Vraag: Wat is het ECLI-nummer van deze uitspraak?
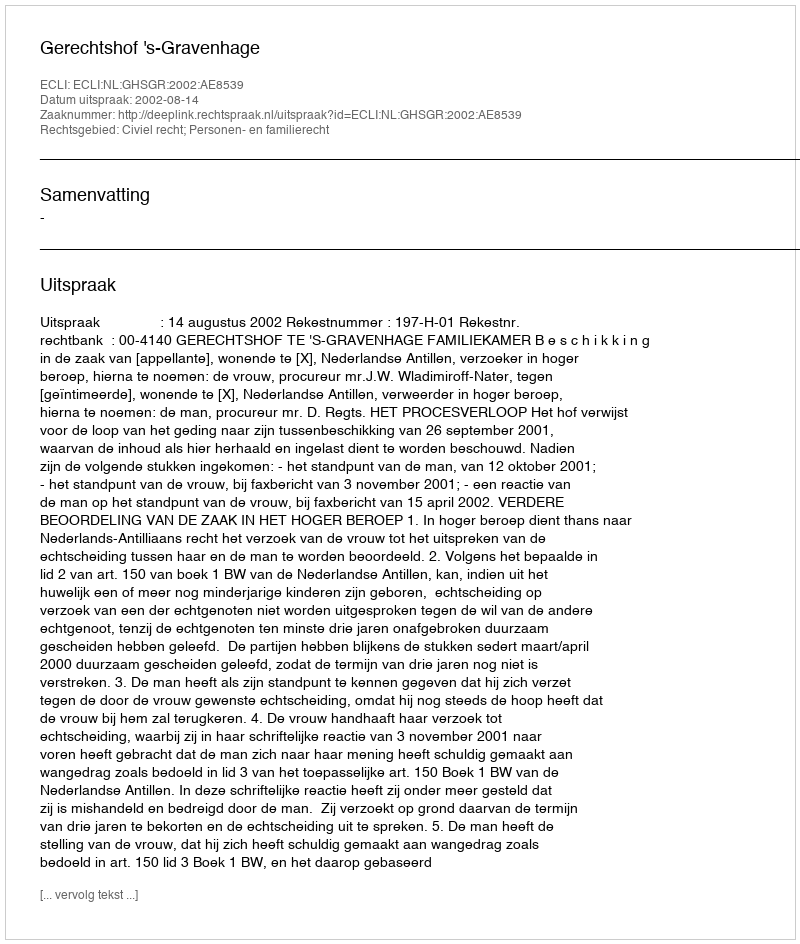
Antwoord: ECLI:NL:GHSGR:2002:AE8539